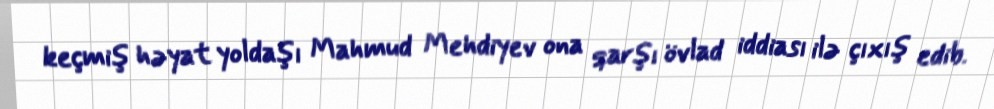
keçmiş həyat yoldaşı Mahmud Mehdiyev ona qarşı övlad iddiası ilə çıxış edib.